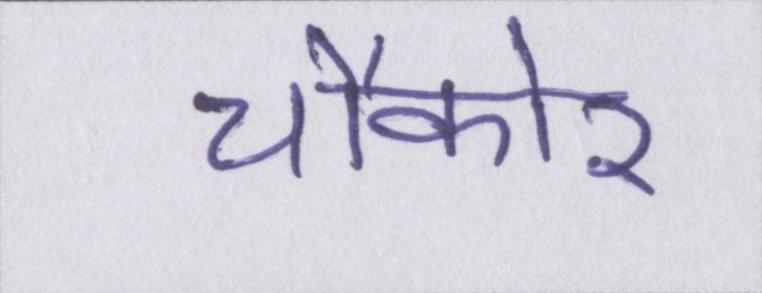
चौकोर